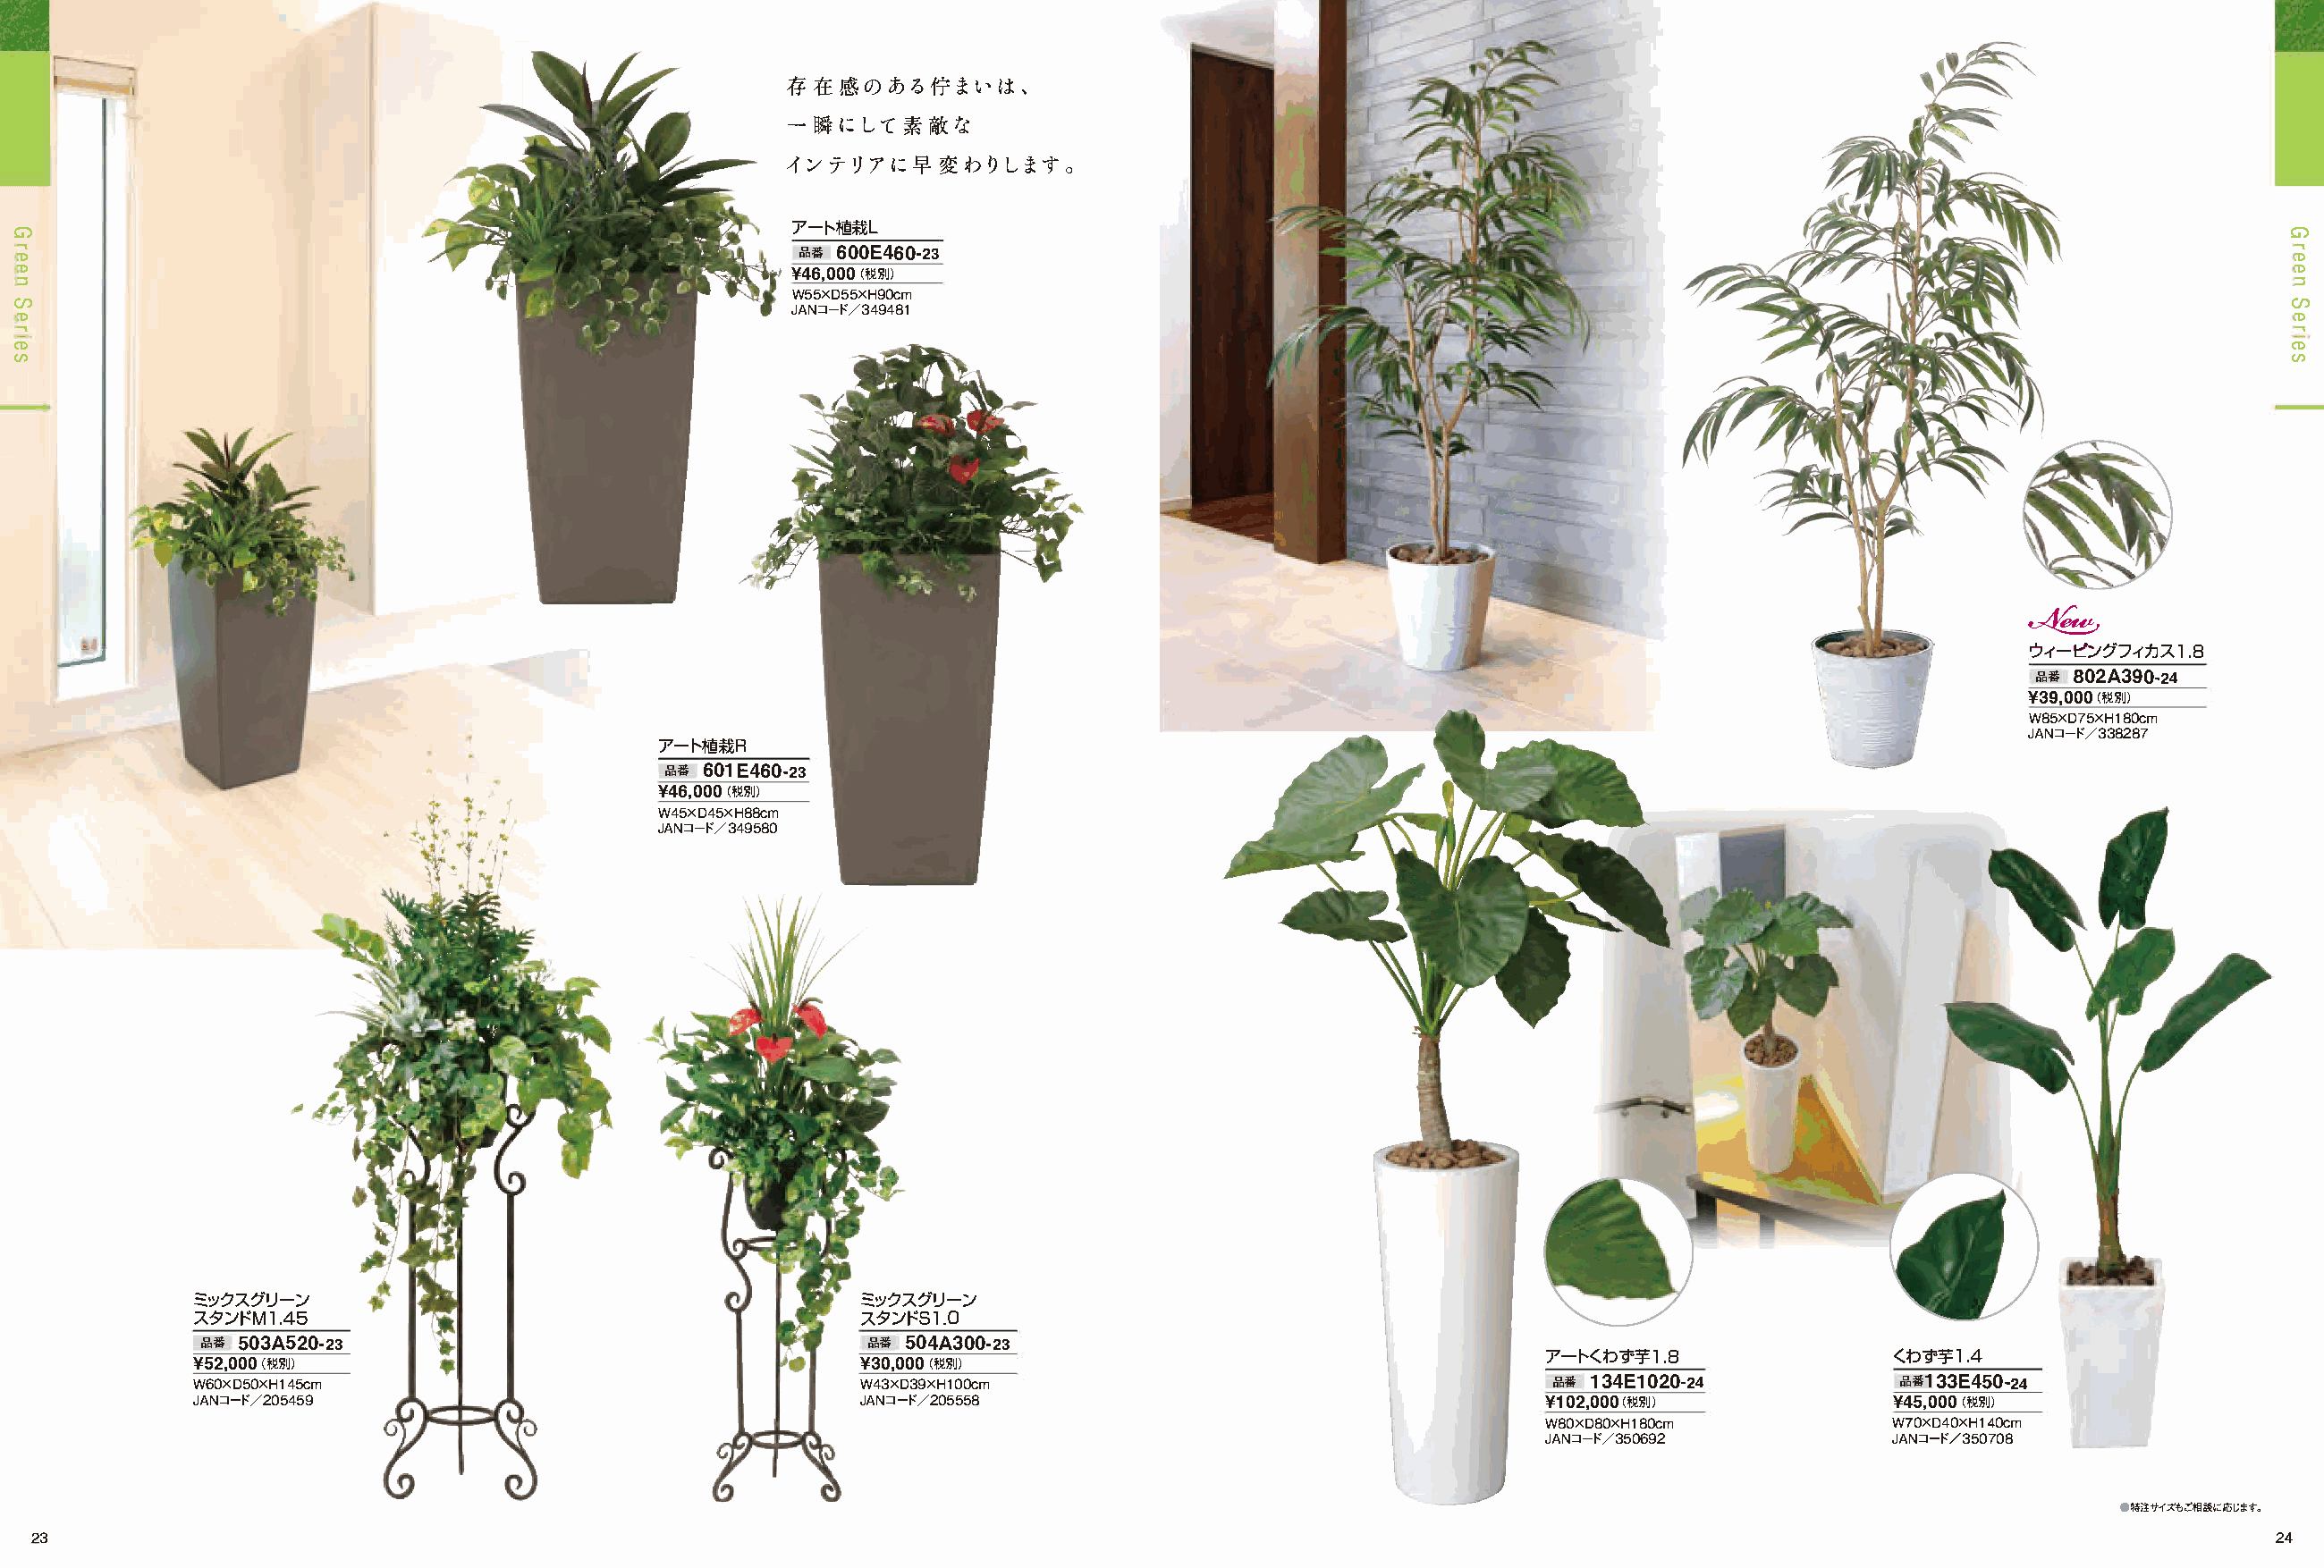
存在感のある1守まいは、
 一瞬にして索敵な
 インテリアに早変わりします。
 ー
 G                                                         ア ト植栽L                                                                                                         G
 r                                                                                                                                                                        r
 e                                                         品番 600E46-02a                                                                                                  e
 e
 占ーI¥46,0(0税0別
 ）                                                                                                      e
 n                                                         W55XD55XH90cm                                                                                                  n
 S
 JANーコド/349481
 S
 e                                                                                                                                                                        e
 r                                                                                                                                                                        r
 e                                                                                                                                                                        e
 s                                                                                                                                                                        s
 一ヽ
 � ー
 ウィ ピングフィカス1.8
 品番 802A3904- 2
 ¥39,0(0税0別 ）
 W85XD75XH180cm
 JANーコド/338287
 ー
 ア ト植栽R
 ＊                品番 601E4603- 2
 ¥46,0(0税0別 ）
 W45XD45XH88cm
 JANーコド/349580
 ー                                                ー
 ミックスグリ  ン                                         ミックスグリ ン
 スタンドMl.45                                         スタンドS1.0
 品番 503A520-23                                    品番 504A30-023
 アー トくわす芋1.8               くわす芋1.4
 ¥52,0C0税0別 ）                                      ¥30,0(0税0別 ）
 W60XD50XH145cm                                    W43XD3910X0Hc m                                    品番 134E1020-24            品番133E450-42
 JANーコド/205459                                     JAN—コド/205558                                     ¥102,000(税別）              ¥45,0(0税0別 ）
 W80XD80XH180cm            W70X04014X0Hc m
 JANーコド/350692             JANーコド/350708
 ●特注サイズもご相談に応じます。
 23                                                                                                                                                                    24